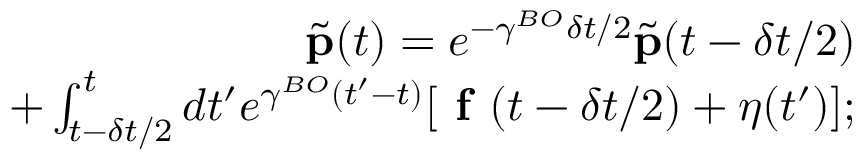
\begin{array} { r } { \tilde { \mathbf { p } } ( t ) = e ^ { - \gamma ^ { B O } \delta t / 2 } \tilde { \mathbf { p } } ( t - \delta t / 2 ) } \\ { + \int \displaylimits _ { t - \delta t / 2 } ^ { t } d t ^ { \prime } e ^ { \gamma ^ { B O } ( t ^ { \prime } - t ) } [ \textbf { f } ( t - \delta t / 2 ) + \boldsymbol { \eta } ( t ^ { \prime } ) ] ; } \end{array}